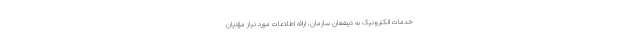
خدمات الکترونیک به ذینفعان سازمان، ارائه اطلاعات مورد نیاز مؤدیان